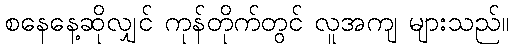
စနေနေ့ဆိုလျှင် ကုန်တိုက်တွင် လူအကျ များသည်။